Annual report on the lock hospitals of the Madras Presidency
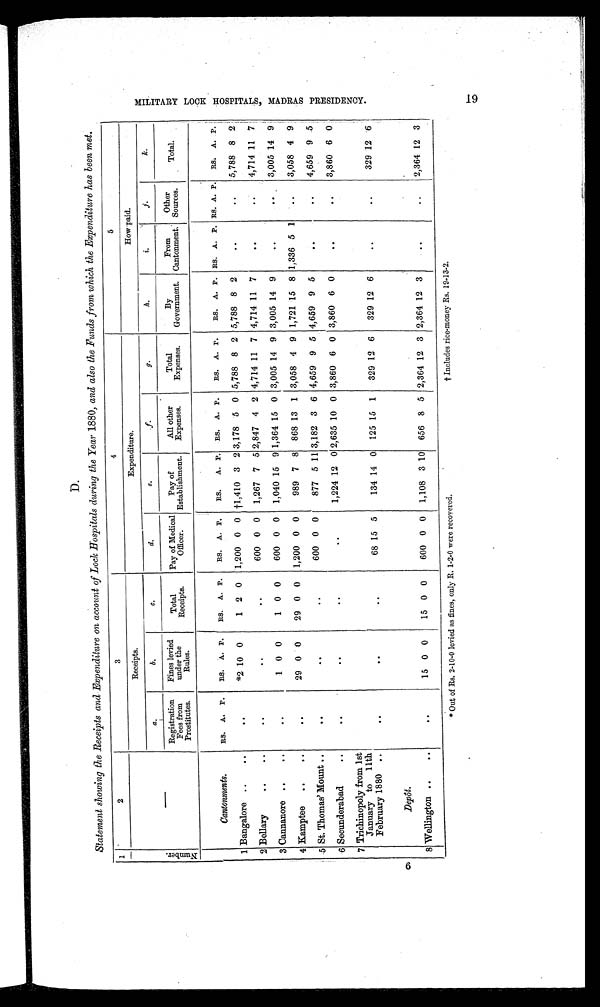
† Includes rice-money Rs. 19-13-2.
* Out of Rs. 2-10-0 levied as fines, only R. 1-2-0 were recovered.
D.
Statement showing the Receipts and Expenditure on account of Lock Hospitals during the Year 1880, and also the Funds from which the Expenditure has been met.
1
2
3
4
5
Numbe r .
—
Receipts.
Expenditure.
How paid.
a .
b.
c.
d.
e.
f.
g.
h.
i.
j.
k.
Registration
Fees from
Prostitutes.
Fines levied
under the
Rules.
Total
Receipts.
Pay ofMedical
Officer.
Pay of
Establishment.
All other
Expenses.
Total
Expenses.
By
Government.
From
Cantonment.
Other
Sources.
Total.
Cantonments.
RS. A. P.
RS. A. P.
RS. A. P.
RS. A. P.
RS. A. P. RS. A. P.
RS. A. P.
RS. A. P. RS. A. P. RS. A. P. RS. A. P.
1 Bangalore ..
..
. .
* 2 10 0
1 2 0 1,200 0 0 †1,410 3 2 3,178 5 0 5,788 8 2 5,788 8 2
. . ..
5,788 8 2
2 Bellary
....
. .
..
. .
600 0 0 1,267 7 5 2,847 4 2 4,714 11 7 4,714 11 7
..
..
4,714 11 7
3 Cannanore ..
..
..
1 0 0
1 0 0
600 0 0 1,040 15 9 1,364 15 0 3,005 14 9 3,005 14 9
. .
. .
3,005 14 9
4 Kamptee
..
..
..
29 0 0
29 0 0 1,200 0 0
989 7 8 868 13 1 3,058 4 9 1,721 15 8 1,336 5 1
..
3,058 4 9
5 St. Thomas' Mount ..
. .
. .
. .
600 0 0
877 5 11 3,182 3 6 4,659 9 5 4,659 9 5
. . ..
4,659 9 5
6 Secunderabad
. .
. .
. .
. .
. .
1,224 12 0 2,635 10 0 3,860 6 0 3,860 6 0
. . ..
3,860 6 0
7 Trichinopoly from 1st
January to 11th
February 1880 ..
. .
. .
. .
68 15 5
134 14 0 125 15 1
329 12 6
329 12 6
. . . .
329 12 6
Depôt.
8 Wellington ..
..
. .
15 0 0
15 0 0
600 0 0 1,108 3 10 656 8 5 2,364 12 3 2,364 12 3
..
..
2,364 12 3